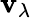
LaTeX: \mathbf{v}_{\lambda}